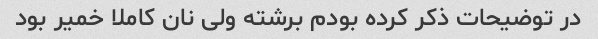
در توضیحات ذکر کرده بودم برشته ولی نان کاملا خمیر بود